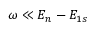
\omega \ll E _ { n } - E _ { 1 s }